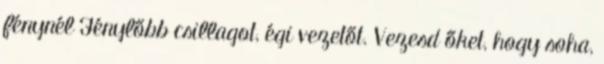
fénynél Fénylőbb csillagot, égi vezetőt. Vezesd őket, hogy soha,